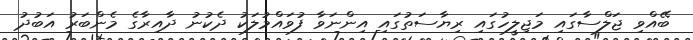
ބޭއްވި ޖަލްސާގައި މަޖިލީހުގައި ރިޔާސަތުގައި އިންނަވާ ފުވައްމުލަކު ދެކުނު ދާއިރާގެ މެންބަރު އަބުދު